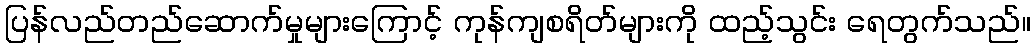
ပြန်လည်တည်ဆောက်မှုများကြောင့် ကုန်ကျစရိတ်များကို ထည့်သွင်း ရေတွက်သည်။